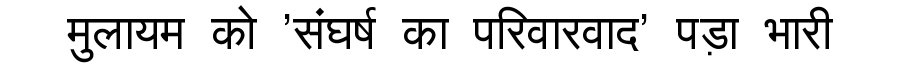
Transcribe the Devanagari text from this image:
मुलायम को 'संघर्ष का परिवारवाद' पड़ा भारी